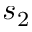
s _ { 2 }